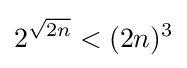
2^{\sqrt {2n}}<(2n)^{3}